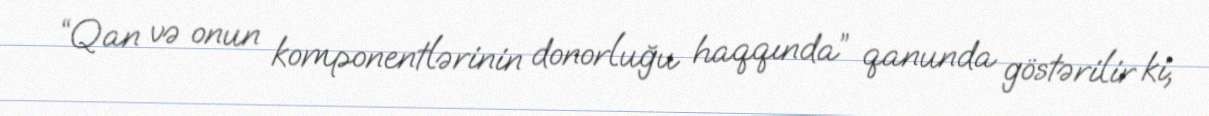
“Qan və onun komponentlərinin donorluğu haqqında” qanunda göstərilir ki,